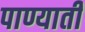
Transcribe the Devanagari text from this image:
पाण्याती